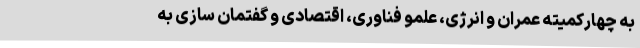
به چهارکمیته عمران و انرژی، علمو فناوری، اقتصادی و گفتمان سازی به